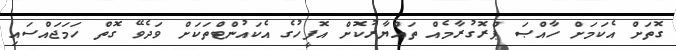
ގޮތަށް އެކަމަށް ހާއްޞަ ޕްރޮގުރާމެއް ތައްޔާރުކޮށް އޮފީހުގެ އެކައުންޓްތަކަށް ވަދެވޭ ގޮތް ހަމަޖައްސައި